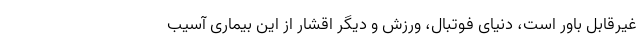
غیرقابل باور است، دنیای فوتبال، ورزش و دیگر اقشار از این بیماری آسیب